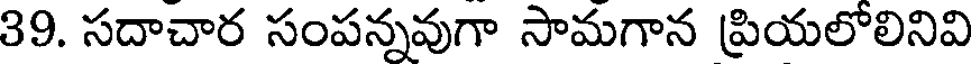
39. సదాచార సంపన్నవుగా సామగాన ప్రియలోలినివి